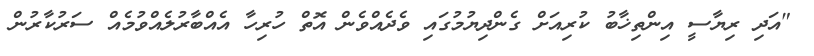
"އަދި ރިޔާސީ އިންތިޚާބު ކުރިއަށް ގެންދިޔުމުގައި ވެދެއްވެން އޮތް ހުރިހާ އެއްބާރުލެއްވުމެއް ސަރުކާރުން